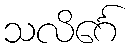
သလိင်္ဂေ